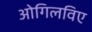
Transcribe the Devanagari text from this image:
ओगिलविए